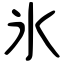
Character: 氷